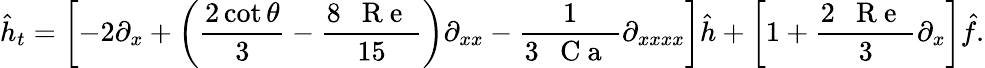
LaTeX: \hat{h}_{t}=\left[-2\partial_{x}+\left(\frac{2\cot{\theta}}{3}-\frac{8\mathrm{~\textit~{~R~e~}~}}{15}\right)\partial_{xx}-\frac{1}{3\mathrm{~\textit~{~C~a~}~}}\partial_{xxxx}\right]\hat{h}+\left[1+\frac{2\mathrm{~\textit~{~R~e~}~}}{3}\partial_{x}\right]\hat{f}.